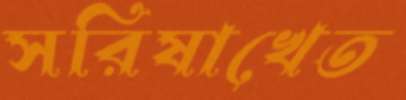
সরিষাখেত